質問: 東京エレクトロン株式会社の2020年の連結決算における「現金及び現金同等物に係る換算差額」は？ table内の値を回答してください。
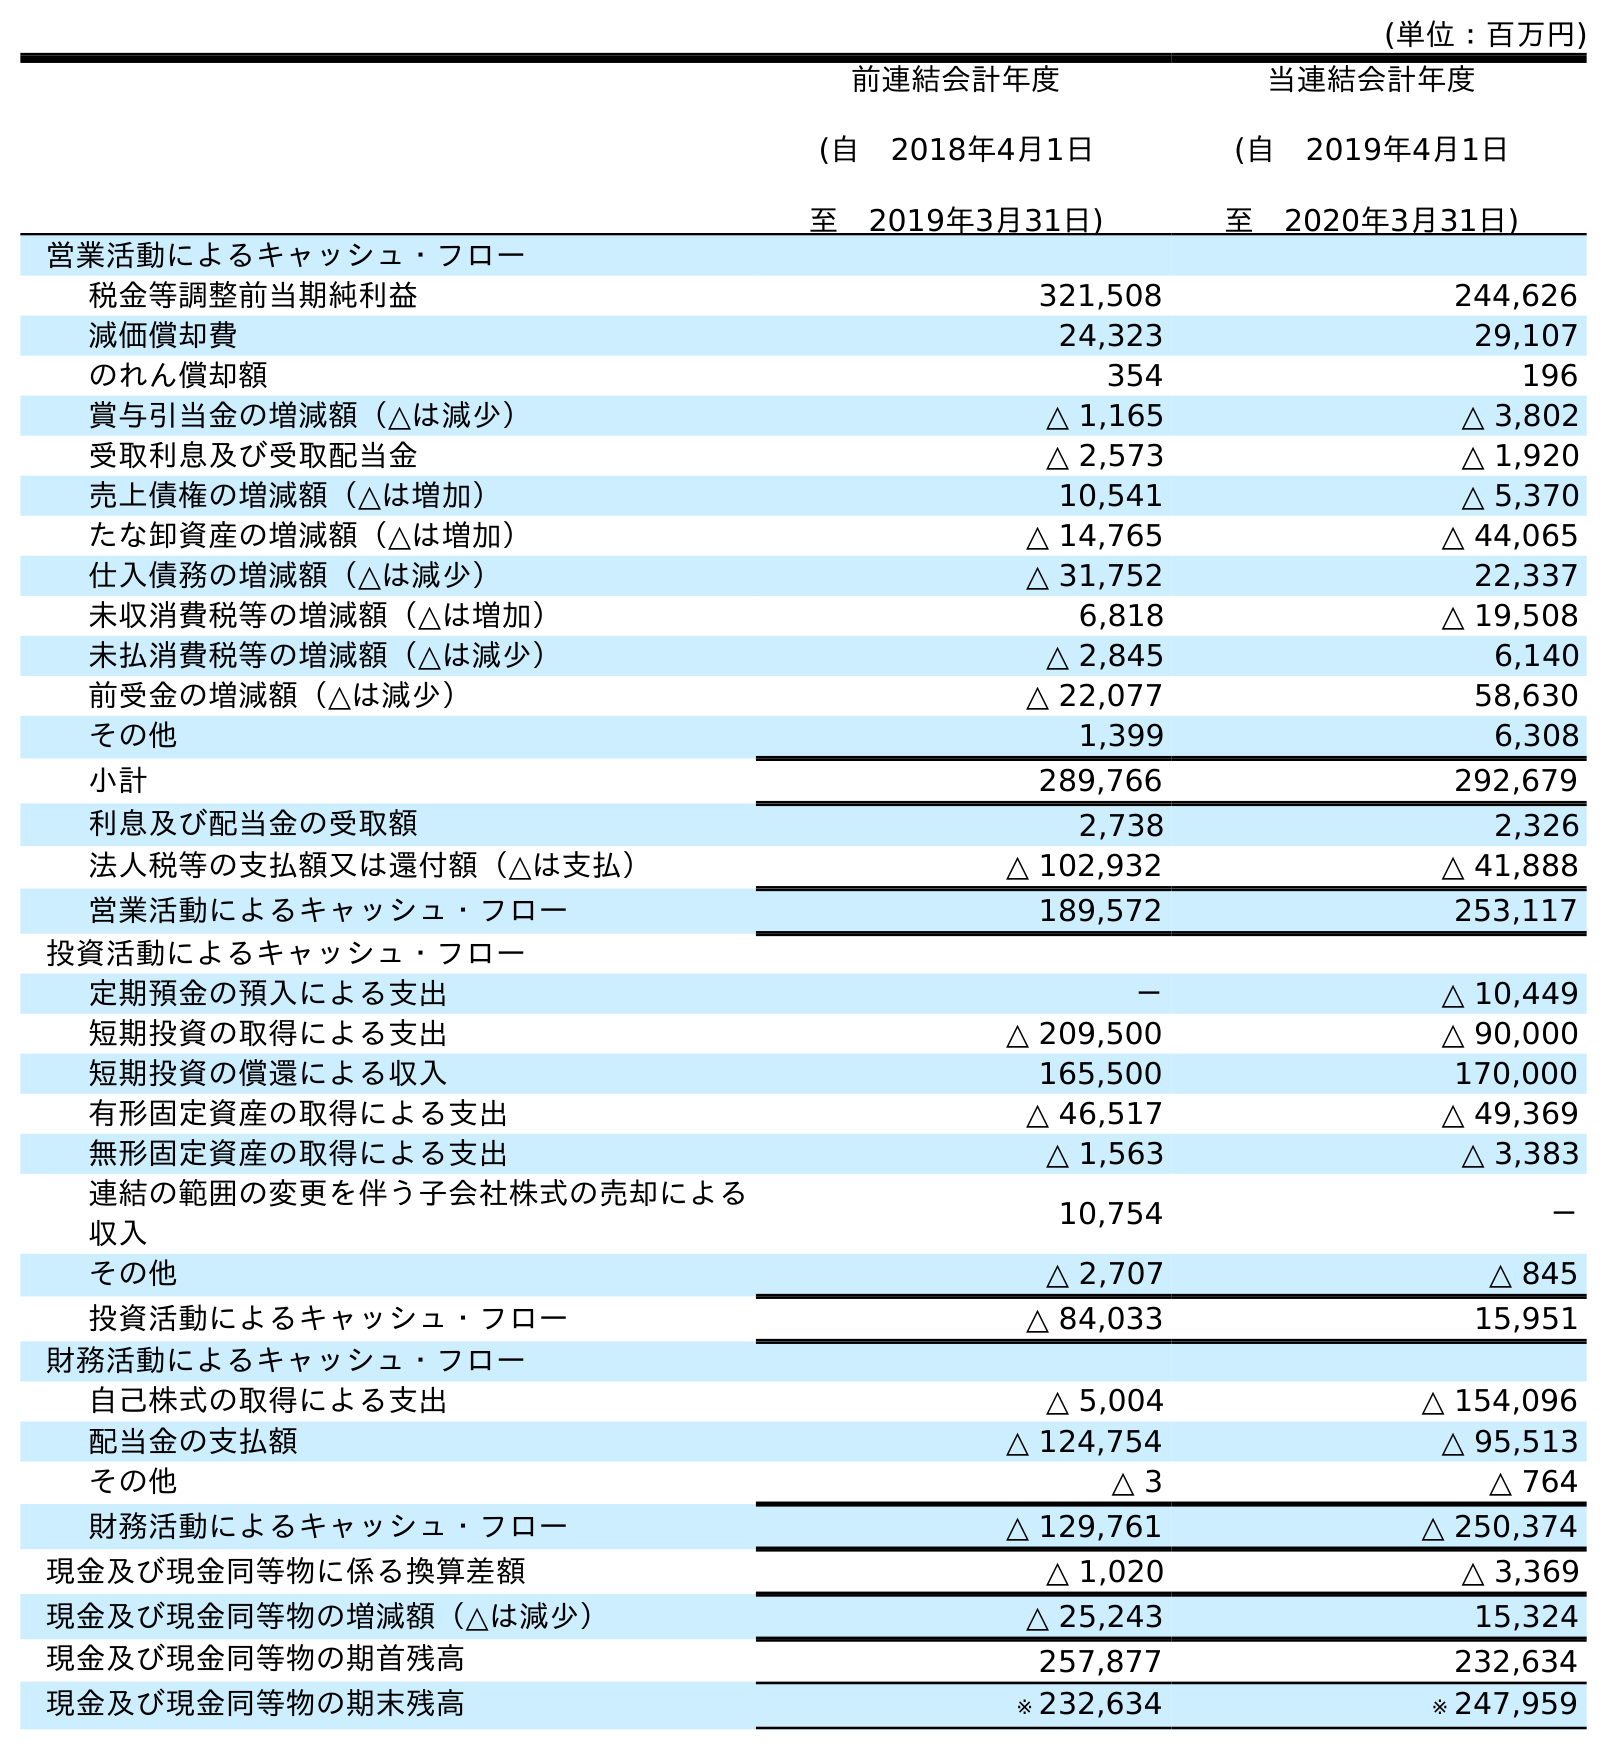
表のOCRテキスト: (単位：百万円) 前連結会計年度 (自 2018年4月1日 至 2019年3月31日) 当連結会計年度 (自 2019年4月1日 至 2020年3月31日) 営業活動によるキャッシュ・フロー 税金等調整前当期純利益 321,508 244,626 減価償却費 24,323 29,107 のれん償却額 354 196 賞与引当金の増減額（△は減少） △ 1,165 △ 3,802 受取利息及び受取配当金 △ 2,573 △ 1,920 売上債権の増減額（△は増加） 10,541 △ 5,370 たな卸資産の増減額（△は増加） △ 14,765 △ 44,065 仕入債務の増減額（△は減少） △ 31,752 22,337 未収消費税等の増減額（△は増加） 6,818 △ 19,508 未払消費税等の増減額（△は減少） △ 2,845 6,140 前受金の増減額（△は減少） △ 22,077 58,630 その他 1,399 6,308 小計 289,766 292,679 利息及び配当金の受取額 2,738 2,326 法人税等の支払額又は還付額（△は支払） △ 102,932 △ 41,888 営業活動によるキャッシュ・フロー 189,572 253,117 投資活動によるキャッシュ・フロー 定期預金の預入による支出 － △ 10,449 短期投資の取得による支出 △ 209,500 △ 90,000 短期投資の償還による収入 165,500 170,000 有形固定資産の取得による支出 △ 46,517 △ 49,369 無形固定資産の取得による支出 △ 1,563 △ 3,383 連結の範囲の変更を伴う子会社株式の売却による 収入 10,754 － その他 △ 2,707 △ 845 投資活動によるキャッシュ・フロー △ 84,033 15,951 財務活動によるキャッシュ・フロー 自己株式の取得による支出 △ 5,004 △ 154,096 配当金の支払額 △ 124,754 △ 95,513 その他 △ 3 △ 764 財務活動によるキャッシュ・フロー △ 129,761 △ 250,374 現金及び現金同等物に係る換算差額 △ 1,020 △ 3,369 現金及び現金同等物の増減額（△は減少） △ 25,243 15,324 現金及び現金同等物の期首残高 257,877 232,634 現金及び現金同等物の期末残高 ※ 232,634 ※ 247,959
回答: △3,369